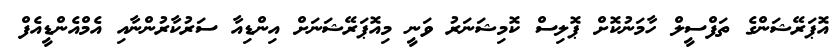
އޮޕަރޭޝަންގެ ތަފްސީލް ހާމަނުކޮށް ޕޮލިސް ކޮމިޝަނަރު ވަނީ މިއޮޕަރޭޝަނަށް އިންޑިއާ ސަރުކާރުންނާއި އެމްއެންޑީއެފް